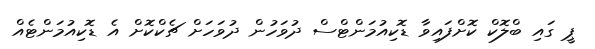
ޕީ ގައި ބްލޮކް ކޮށްފައިވާ ޑޮކިއުމަންޓްސް ދުވަހުން ދުވަހަށް ޗެކްކޮށް އެ ޑޮކިއުމަންޓެއް